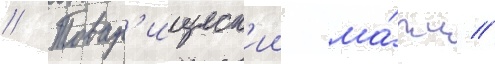
// Товар'ищеск'ии ма́тч //